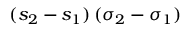
( s _ { 2 } - s _ { 1 } ) \, ( \sigma _ { 2 } - \sigma _ { 1 } )